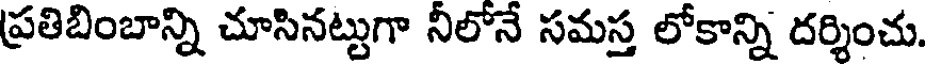
ప్రతిబింబాన్ని చూసినట్టుగా నీలోనే సమస్త లోకాన్ని దర్శించు.